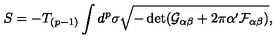
S = - T _ { ( p - 1 ) } \int d ^ { p } \sigma \sqrt { - \det ( \mathcal { G } _ { \alpha \beta } + 2 \pi \alpha ^ { \prime } \mathcal { F } _ { \alpha \beta } ) } ,